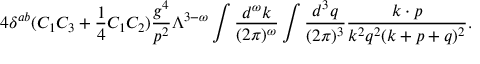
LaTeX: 4 \delta ^ { a b } ( C _ { 1 } C _ { 3 } + { \frac { 1 } { 4 } } C _ { 1 } C _ { 2 } ) { \frac { g ^ { 4 } } { p ^ { 2 } } } \Lambda ^ { 3 - \omega } \int { \frac { d ^ { \omega } k } { ( 2 \pi ) ^ { \omega } } } \int { \frac { d ^ { 3 } q } { ( 2 \pi ) ^ { 3 } } } { \frac { k \cdot p } { k ^ { 2 } q ^ { 2 } ( k + p + q ) ^ { 2 } } } .